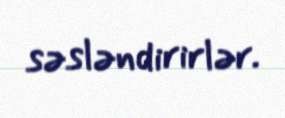
səsləndirirlər.